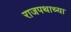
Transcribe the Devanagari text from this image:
राजपथाच्या